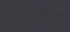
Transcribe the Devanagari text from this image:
टिपुन